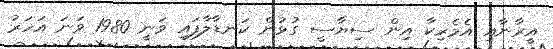
އީރާނާއި އެމެރިކާ އިން ސިޔާސީ ގުޅުން ކަނޑާލާފައި ވަނީ 1980 ވަނަ އަހަރު